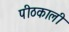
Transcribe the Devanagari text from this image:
पीठकाली